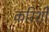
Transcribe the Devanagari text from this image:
करिशी